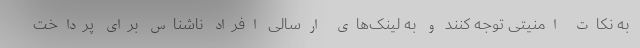
به نکات امنیتی توجه کنند و به لینک‌های ارسالی افراد ناشناس برای پرداخت